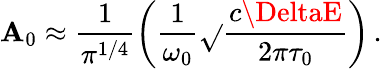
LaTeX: \mathbf{A}_{0}\approx\frac{{1}}{{\pi^{1/4}}}{\left(\frac{{1}}{{\omega_{0}}}\sqrt{}{{\frac{{c\DeltaE}}{{2\pi\tau_{0}}}}}\right)}\, .